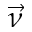
\vec { \nu }